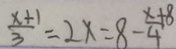
\frac { x + 1 } { 3 } = 2 x = 8 - \frac { x + 8 } { 4 }